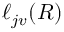
\ell _ { j v } ( R )